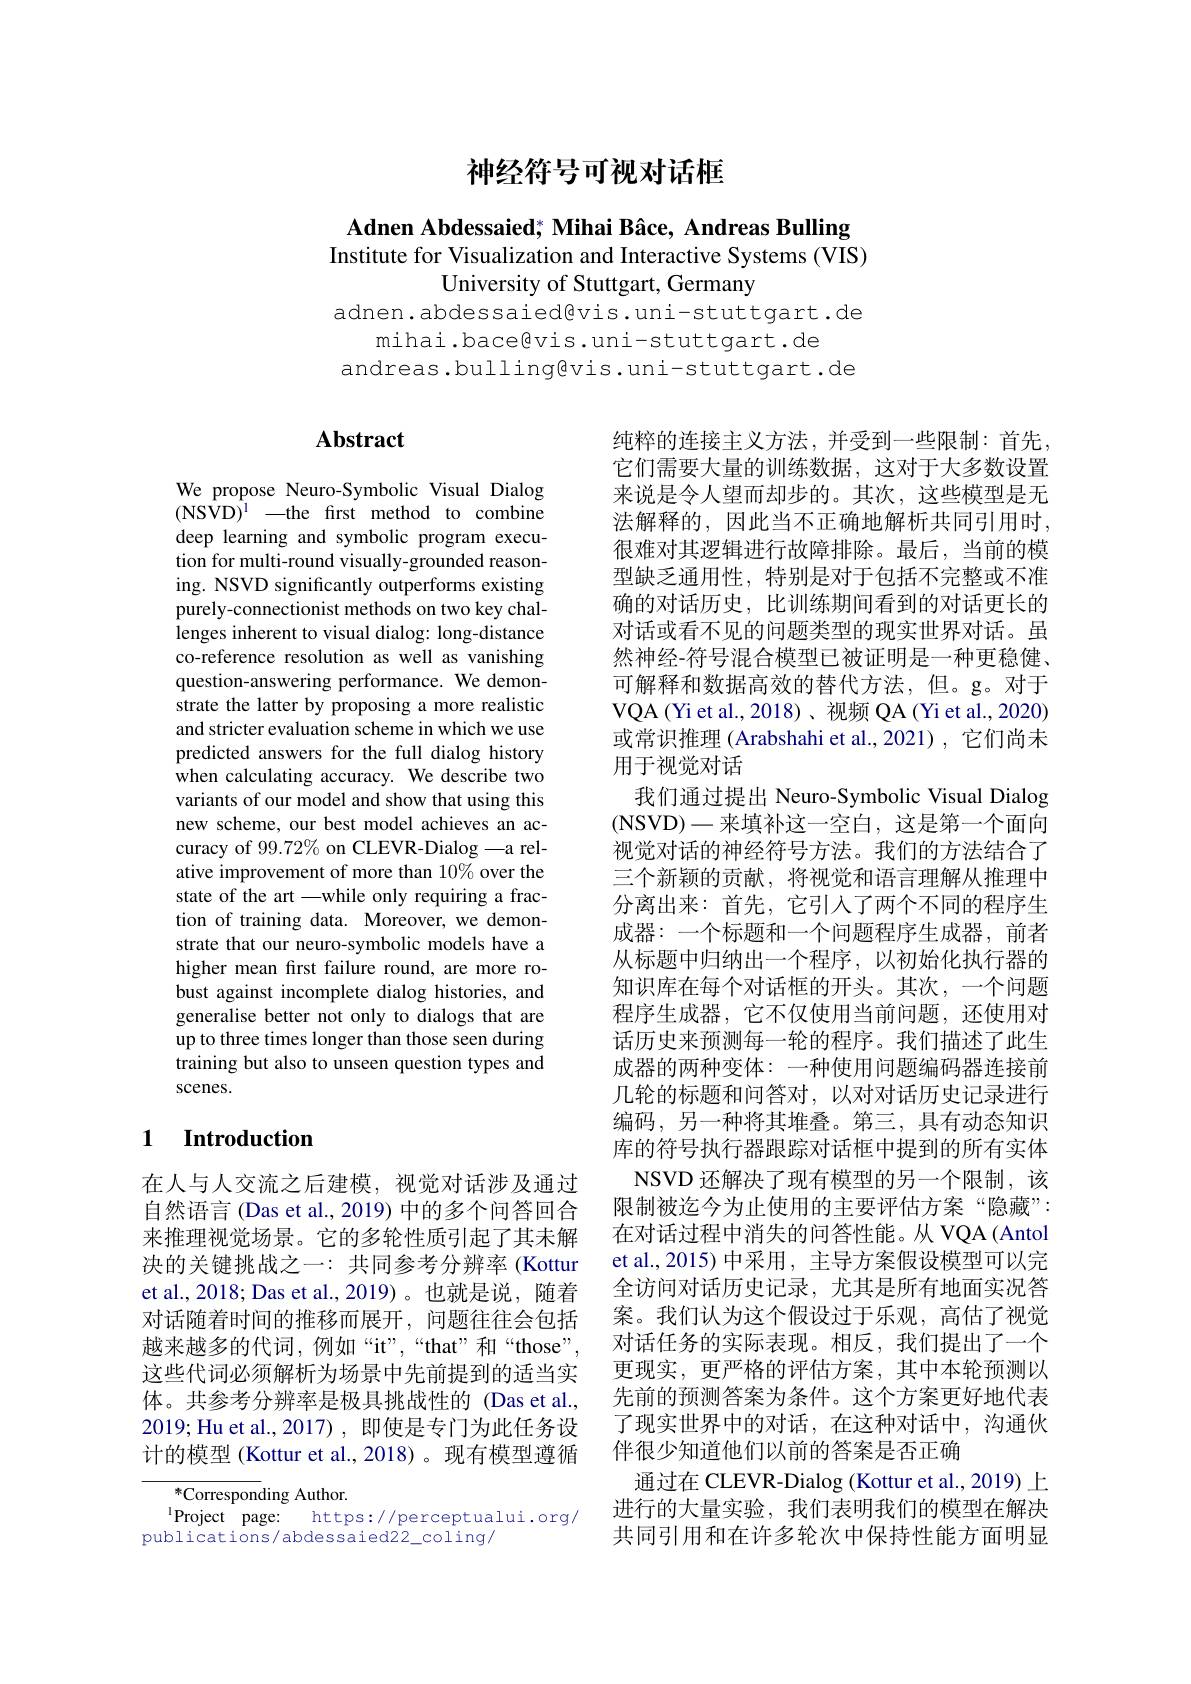
## 神经符号可视对话框

Adnen Abdessaied; Mihai Bâce, Andreas Bulling Institute for Visualization and Interactive Systems (VIS)
University of Stuttgart, Germany

adnen. abdessaied@vis. uni-stuttgart. de
mihai.bace@vis.uni-stuttgart.de
andreas.bulling@vis.uni-stuttgart.de

## $\mathbf{Abstract}$

We propose Neuro-Symbolic Visual Dialog (NSVD$) ^{1}$ -the first method to combine deep learning and symbolic program execution for multi-round visually-grounded reasoning. NSVD significantly outperforms existing purely-connectionist methods on two key challenges inherent to visual dialog: long-distance co-reference resolution as well as vanishing question-answering performance. We demonstrate the latter by proposing a more realistic and stricter evaluation scheme in which we use predicted answers for the full dialog history when calculating accuracy. We describe two variants of our model and show that using this new scheme, our best model achieves an accuracy of $99.72\%$ on CLEVR-Dialog -a relative improvement of more than 10% over the state of the art -while only requiring a fraction of training data. Moreover, we demonstrate that our neuro-symbolic models have a higher mean first failure round, are more robust against incomplete dialog histories, and generalise better not only to dialogs that are up to three times longer than those seen during training but also to unseen question types and scenes.

### 1 $\textbf{Introduction}$

在人与人交流之后建模，视觉对话涉及通过自然语言(Das et al., 2019) 中的多个问答回合来推理视觉场景。它的多轮性质引起了其未解决的关键挑战之一：共同参考分辨率(Kottur et al., 2018; Das et al., 2019)。也就是说，随着对话随着时间的推移而展开，问题往往会包括越来越多的代词，例如“it”,“that”和“those”, 这些代词必须解析为场景中先前提到的适当实体。共参考分辨率是极具挑战性的(Das et al., 2019; Hu et al., 2017) , 即使是专门为此任务设计的模型 (Kottur et al.,2018)。现有模型遵循

${}^{*}$Corresponding Author.
$^{1}$Project page: https://perceptualui.org/
publications/abdessaied22_coling/

纯粹的连接主义方法，并受到一些限制：首先它们需要大量的训练数据，这对于大多数设置来说是令人望而却步的。其次，这些模型是无法解释的，因此当不正确地解析共同引用时， 很难对其逻辑进行故障排除。最后，当前的模型缺乏通用性，特别是对于包括不完整或不准确的对话历史，比训练期间看到的对话更长的对话或看不见的问题类型的现实世界对话。虽然神经-符号混合模型已被证明是一种更稳健、 可解释和数据高效的替代方法，但。g。对于VQA ( Yi et al. , 2018) 、 视 频 QA ( Yi et al. , 2020) 或常识推理 (Arabshahi et al.,2021),它们尚未用于视觉对话
我们通过提出 Neuro-Symbolic Visual Dialog (NSVD)-来填补这一空白，这是第一个面向视觉对话的神经符号方法。我们的方法结合了三个新颖的贡献，将视觉和语言理解从推理中分离出来：首先，它引入了两个不同的程序生成器：一个标题和一个问题程序生成器，前者从标题中归纳出一个程序，以初始化执行器的知识库在每个对话框的开头。其次，一个问题程序生成器，它不仅使用当前问题，还使用对话历史来预测每一轮的程序。我们描述了此生成器的两种变体：一种使用问题编码器连接前几轮的标题和问答对，以对对话历史记录进行编码，另一种将其堆叠。第三，具有动态知识库的符号执行器跟踪对话框中提到的所有实体
NSVD 还解决了现有模型的另一个限制，该限制被迄今为止使用的主要评估方案“隐藏”: 在对话过程中消失的问答性能。从 VQA (Antol et al.,2015) 中采用，主导方案假设模型可以完全访问对话历史记录，尤其是所有地面实况答案。我们认为这个假设过于乐观，高估了视觉对话任务的实际表现。相反，我们提出了一个更现实，更严格的评估方案，其中本轮预测以先前的预测答案为条件。这个方案更好地代表了现实世界中的对话，在这种对话中，沟通伙伴很少知道他们以前的答案是否正确
通过在 CLEVR-Dialog (Kottur et al., 2019) 上进行的大量实验，我们表明我们的模型在解决共同引用和在许多轮次中保持性能方面明显